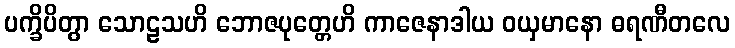
ပက္ခိပိတွာ သောဠသဟိ ဘောဇပုတ္တေဟိ ကာဇေနာဒါယ ဝယှမာနော ဓရဏီတလေ